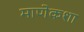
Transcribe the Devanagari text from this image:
माणेकशा